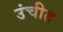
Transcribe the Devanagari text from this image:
उंचीत